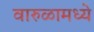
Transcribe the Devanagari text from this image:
वारुळामध्ये